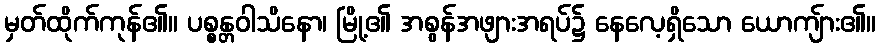
မှတ်ထိုက်ကုန်၏။ ပစ္စန္တဝါသိနော၊ မြို့၏ အစွန်အဖျားအရပ်၌ နေလေ့ရှိသော ယောကျ်ား၏။